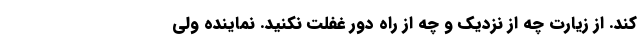
کند. از زیارت چه از نزدیک و چه از راه دور غفلت نکنید. نماینده ولی